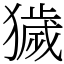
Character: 獩